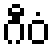
ဂီဝံ